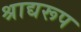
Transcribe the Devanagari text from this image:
श्राद्यरूप